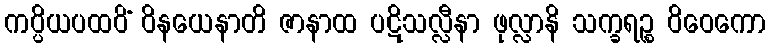
ကပ္ပိယပထဝိံ ဝိနယေနာတိ ဇာနာထ ပဋိသလ္လီနာ ဖုလ္လာနိ သက္ခရဉ္စ ဝိဝေကော